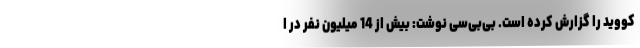
کووید را گزارش کرده است. بی‌بی‌سی نوشت: بیش از 14 میلیون نفر در ا